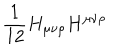
LaTeX: \frac { 1 } { 1 2 } H _ { \mu \nu \rho } H ^ { \mu \nu \rho }